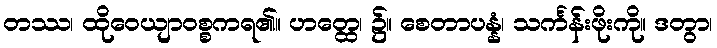
တဿ၊ ထိုဝေယျာဝစ္စကရ၏။ ဟတ္ထေ၊ ၌။ စေတာပန္နံ၊ သင်္ကန်းဖိုးကို။ ဒတွာ၊